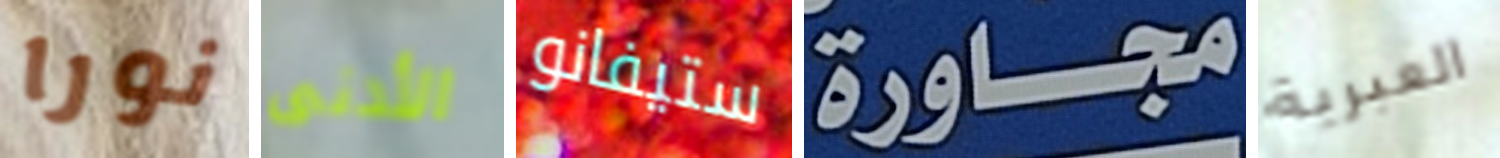
نورا الأدنى ستيفانو مجاورة العبرية